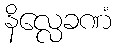
နိလ္လေခဏံ